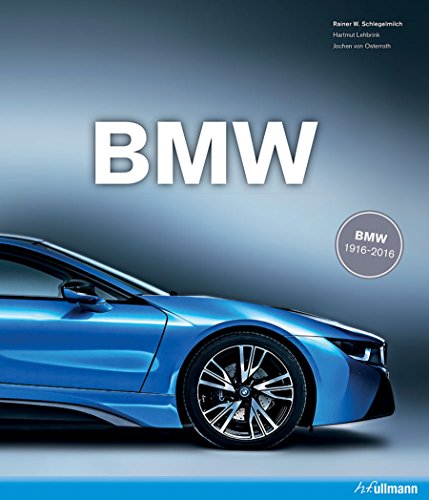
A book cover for BMW: Jubilee Edition; Hartmut Lehbrink; Engineering & Transportation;